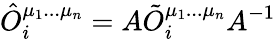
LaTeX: {\hat{O}}_{i}^{\mu_{1}...\mu_{n}}=A{\tilde{O}}_{i}^{\mu_{1}...\mu_{n}}A^{-1}